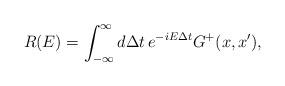
LaTeX: \begin{align*}R(E)=\int_{-\infty}^{\infty} d\Delta t\,e^{-iE\Delta t}G^{+}(x,x'),\end{align*}